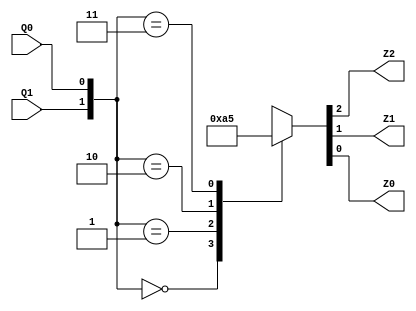
module circuit_ol (Q1, Q0, Z2, Z1, Z0);
	input Q1, Q0;
	output reg Z2, Z1, Z0;
	
	always @(Q1 or Q0)
	begin
		case({Q1, Q0})
		2'b00: {Z2, Z1, Z0} = 3'b000;
		2'b01: {Z2, Z1, Z0} = 3'b010;
		2'b10: {Z2, Z1, Z0} = 3'b100;
		2'b11: {Z2, Z1, Z0} = 3'b101;
		endcase
	end
endmodule